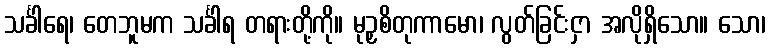
သင်္ခါရေ၊ တေဘူမက သင်္ခါရ တရားတို့ကို။ မုဉှစိတုကာမော၊ လွတ်ခြင်းငှာ အလိုရှိသော။ သော၊